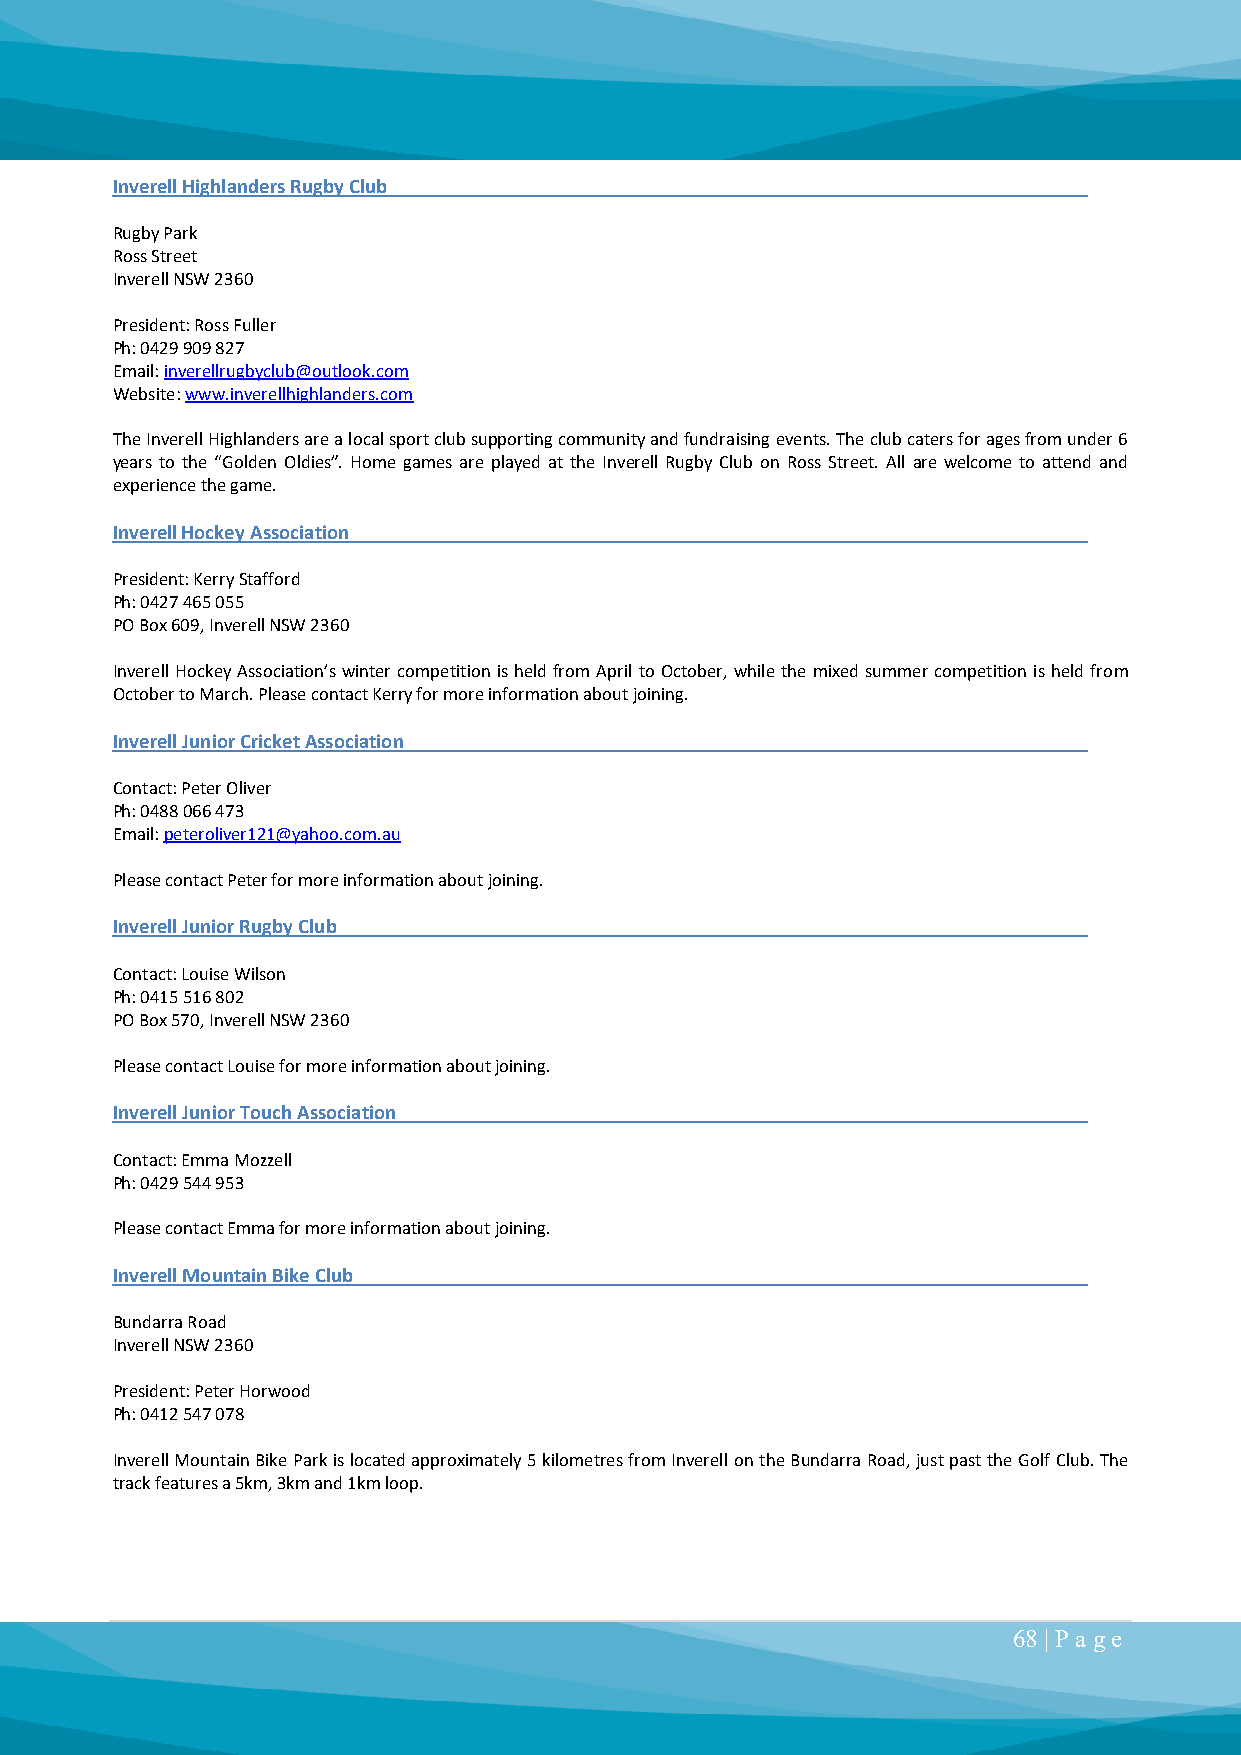
Inverell Highlanders Rugby Club
 Rugby Park
 Ross Street
 Inverell NSW 2360
 President: Ross Fuller
 Ph: 0429 909 827
 Email: inverellrugbyclub@outlook.com
 Website: www.inverellhighlanders.com
 The Inverell Highlanders are a local sport club supporting community and fundraising events. The club caters for ages from under 6
 years to the “Golden Oldies”. Home games are played at the Inverell Rugby Club on Ross Street. All are welcome to attend and
 experience the game.
 Inverell Hockey Association
 President: Kerry Stafford
 Ph: 0427 465 055
 PO Box 609, Inverell NSW 2360
 Inverell Hockey Association’s winter competition is held from April to October, while the mixed summer competition is held from
 October to March. Please contact Kerry for more information about joining.
 Inverell Junior Cricket Association
 Contact: Peter Oliver
 Ph: 0488 066 473
 Email: peteroliver121@yahoo.com.au
 Please contact Peter for more information about joining.
 Inverell Junior Rugby Club
 Contact: Louise Wilson
 Ph: 0415 516 802
 PO Box 570, Inverell NSW 2360
 Please contact Louise for more information about joining.
 Inverell Junior Touch Association
 Contact: Emma Mozzell
 Ph: 0429 544 953
 Please contact Emma for more information about joining.
 Inverell Mountain Bike Club
 Bundarra Road
 Inverell NSW 2360
 President: Peter Horwood
 Ph: 0412 547 078
 Inverell Mountain Bike Park is located approximately 5 kilometres from Inverell on the Bundarra Road, just past the Golf Club. The
 track features a 5km, 3km and 1km loop.
 68 | P a ge